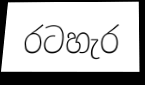
රටහැර